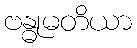
ဗန္ဓုမတိယာ